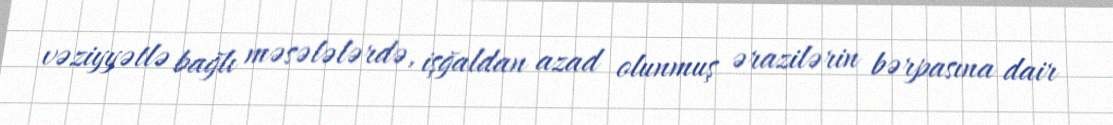
vəziyyətlə bağlı məsələlərdə, işğaldan azad olunmuş ərazilərin bərpasına dair